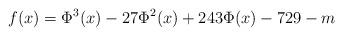
LaTeX: \begin{align*} f(x)=\Phi^3(x)-27\Phi^2(x)+243\Phi(x)-729-m \end{align*}